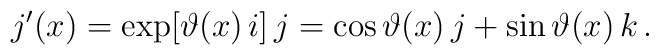
j'(x) = \exp[\vartheta(x)\,i]\,j = \cos\vartheta(x)\,j + \sin\vartheta(x)\,k\,.